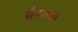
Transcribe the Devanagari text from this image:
बैरबरा